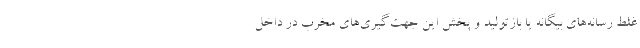
غلط رسانه‌های بیگانه یا بازتولید و پخش این جهت‌گیری‌های مخرب در داخل